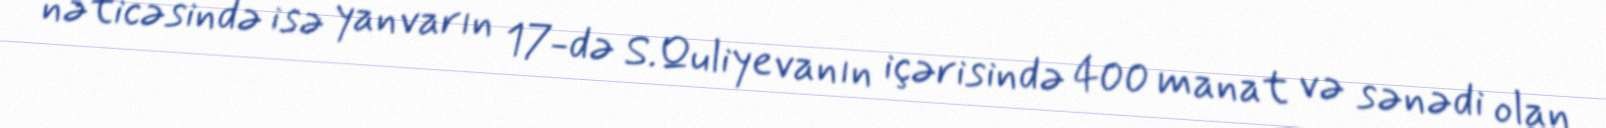
nəticəsində isə yanvarın 17-də S.Quliyevanın içərisində 400 manat və sənədi olan